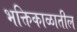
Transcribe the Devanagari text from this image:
भक्तिकाळातील